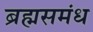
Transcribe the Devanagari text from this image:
ब्रह्मसमंध